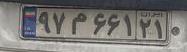
۹۷م۶۶۱۲۱